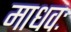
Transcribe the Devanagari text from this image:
माधवः